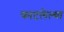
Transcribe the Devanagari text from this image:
फाटलेल्या